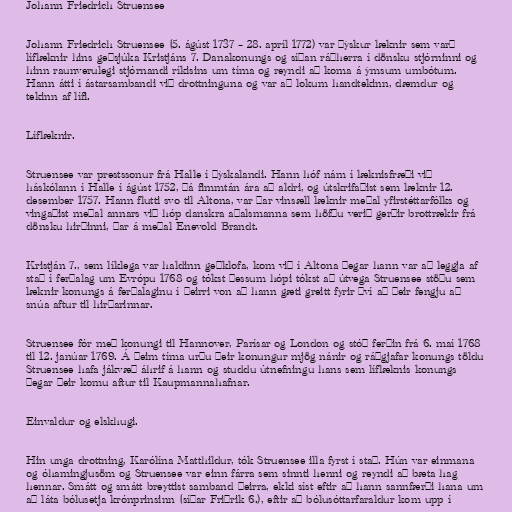
Johann Friedrich Struensee

Johann Friedrich Struensee (5. ágúst 1737 – 28. apríl 1772) var þýskur læknir sem varð
líflæknir hins geðsjúka Kristjáns 7. Danakonungs og síðan ráðherra í dönsku stjórninni og
hinn raunverulegi stjórnandi ríkisins um tíma og reyndi að koma á ýmsum umbótum.
Hann átti í ástarsambandi við drottninguna og var að lokum handtekinn, dæmdur og
tekinn af lífi.

Líflæknir.

Struensee var prestssonur frá Halle í Þýskalandi. Hann hóf nám í læknisfræði við
háskólann í Halle í ágúst 1752, þá fimmtán ára að aldri, og útskrifaðist sem læknir 12.
desember 1757. Hann flutti svo til Altona, var þar vinsæll læknir meðal yfirstéttarfólks og
vingaðist meðal annars við hóp danskra aðalsmanna sem höfðu verið gerðir brottrækir frá
dönsku hirðinni, þar á meðal Enevold Brandt.

Kristján 7., sem líklega var haldinn geðklofa, kom við í Altona þegar hann var að leggja af
stað í ferðalag um Evrópu 1768 og tókst þessum hópi tókst að útvega Struensee stöðu sem
læknir konungs á ferðalaginu í þeirri von að hann gæti greitt fyrir því að þeir fengju að
snúa aftur til hirðarinnar.

Struensee fór með konungi til Hannover, Parísar og London og stóð ferðin frá 6. maí 1768
til 12. janúar 1769. Á þeim tíma urðu þeir konungur mjög nánir og ráðgjafar konungs töldu
Struensee hafa jákvæð áhrif á hann og studdu útnefningu hans sem líflæknis konungs
þegar þeir komu aftur til Kaupmannahafnar.

Einvaldur og elskhugi.

Hin unga drottning, Karólína Matthildur, tók Struensee illa fyrst í stað. Hún var einmana
og óhamingjusöm og Struensee var einn fárra sem sinnti henni og reyndi að bæta hag
hennar. Smátt og smátt breyttist samband þeirra, ekki síst eftir að hann sannfærði hana um
að láta bólusetja krónprinsinn (síðar Friðrik 6.), eftir að bólusóttarfaraldur kom upp í